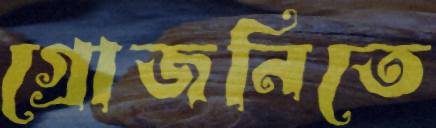
গ্রোজনিতে